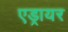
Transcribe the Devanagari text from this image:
एड्रायर